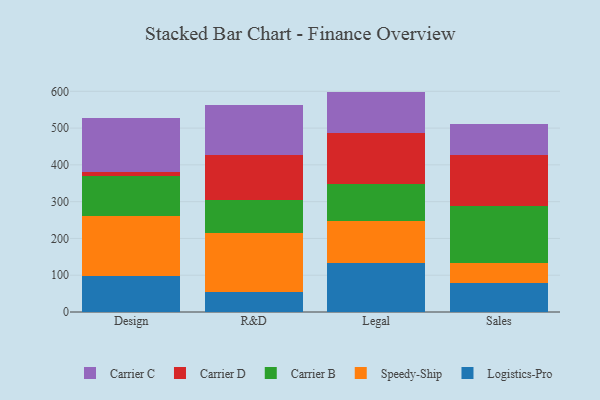
{"axis": {"x": "Department", "y": "Waste Production (Tons)"}, "legend": ["Carrier B", "Carrier C", "Carrier D", "Logistics-Pro", "Speedy-Ship"], "data": [{"x": "Design", "y": 98.4, "type": "Logistics-Pro"}, {"x": "Design", "y": 163.5, "type": "Speedy-Ship"}, {"x": "Design", "y": 107.0, "type": "Carrier B"}, {"x": "Design", "y": 10.7, "type": "Carrier D"}, {"x": "Design", "y": 146.7, "type": "Carrier C"}, {"x": "R&D", "y": 53.8, "type": "Logistics-Pro"}, {"x": "R&D", "y": 161.4, "type": "Speedy-Ship"}, {"x": "R&D", "y": 89.9, "type": "Carrier B"}, {"x": "R&D", "y": 122.6, "type": "Carrier D"}, {"x": "R&D", "y": 136.3, "type": "Carrier C"}, {"x": "Legal", "y": 132.2, "type": "Logistics-Pro"}, {"x": "Legal", "y": 116.2, "type": "Speedy-Ship"}, {"x": "Legal", "y": 99.6, "type": "Carrier B"}, {"x": "Legal", "y": 139.8, "type": "Carrier D"}, {"x": "Legal", "y": 111.4, "type": "Carrier C"}, {"x": "Sales", "y": 78.8, "type": "Logistics-Pro"}, {"x": "Sales", "y": 53.7, "type": "Speedy-Ship"}, {"x": "Sales", "y": 156.3, "type": "Carrier B"}, {"x": "Sales", "y": 139.1, "type": "Carrier D"}, {"x": "Sales", "y": 82.6, "type": "Carrier C"}]}